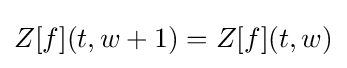
Z[f](t,w+1)=Z[f](t,w)